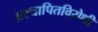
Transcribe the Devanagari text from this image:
प्रस्थापितविरोधी